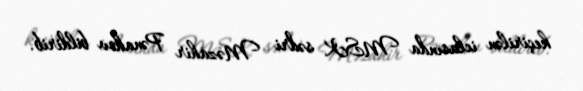
keçirilən iclasında MSK sədri Məzahir Pənahov bildirib.